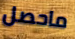
ماحصل